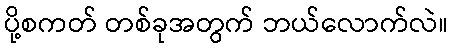
ပို့စကတ် တစ်ခုအတွက် ဘယ်လောက်လဲ။